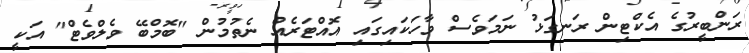
ރަންބީރުގެ އެކްޓިން ރަނގަޅު ނަމަވެސް ވާހަކައިގައި އޮއްޓަރެއް ނެތުމުން "ބޮމްބޭ ވެލްވެޓް" އަކީ